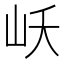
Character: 岆